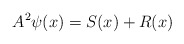
\begin{align*} A^{2}\psi(x)=S(x)+R(x)\end{align*}